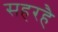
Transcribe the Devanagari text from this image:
सहरहै